Document type: Sale
Year: 1461
Scribe: [Unknown]
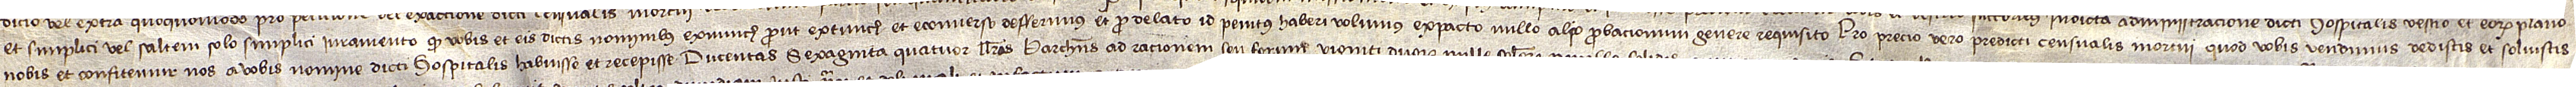
et simplici vel saltem solo simplici iuramento, quod vobis et eis dictis nominibus exnunch prout extunch et econverso defferimus et pro delato id penitus habere volumus, ex pacto nullo alio probacionum genere requisito. Pro precio vero predicti censualis mortui quod vobis vendimus dedistis et solvistis